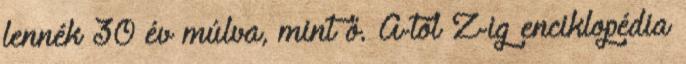
lennék 30 év múlva, mint ő. A-tól Z-ig enciklopédia